Vaccination in Burma 1920-1933 - 1920-1933
Year: 1920
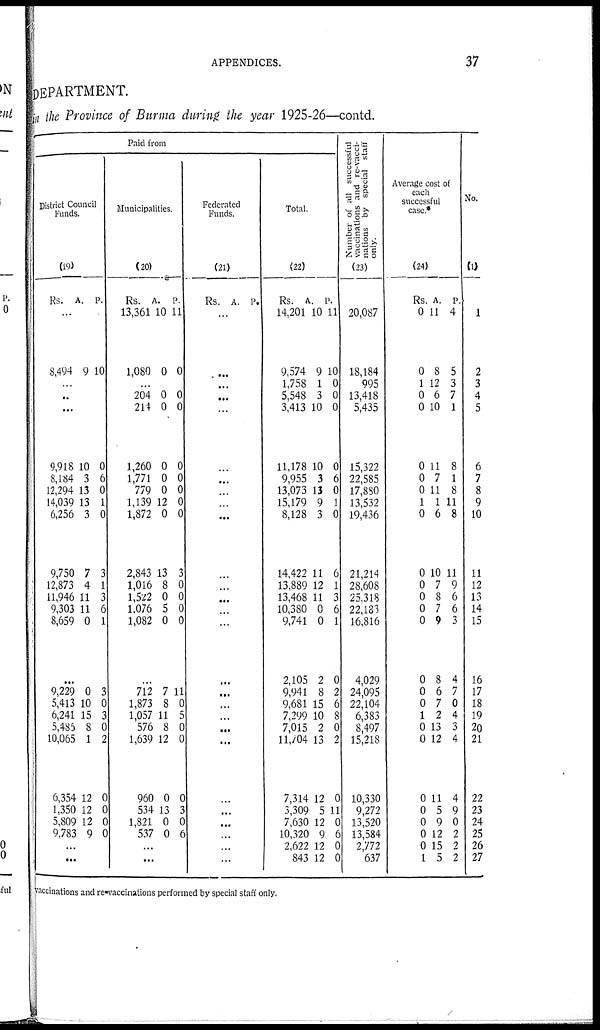
APPENDICES.
37
DEPARTMENT.
in the Province of Burma during the year 1925-26—contd.
Paid from
District Council
Funds.
(19)
Rs. A. P.
...
8,494 9 10
...
...
...
9,918
8,184
12,294
14,039
6,256
9,750
12,873
11,946
9,303
8,659
10
3
13
13
3
7
4
11
11
0
0
6
0
1
0
3
1
3
6
1
...
9,229
5,413
6,241
5,485
10,065
6,354
1,350
5,809
9,783
0
10
15
8
1
12
12
12
9
3
0
3
0
2
0
0
0
0
...
...
Municipalities.
(20)
Rs.
13,361
1,080
A.
10
0
P.
11
0
...
204
214
1,260
1,771
779
1,139
1,872
2,843
1,016
1,522
1,076
1,082
0
0
0
0
0
12
0
13
8
0
5
0
0
0
0
0
0
0
0
3
0
0
0
0
...
712
1,873
1,057
576
1,639
960
534
1,821
537
7
8
11
8
12
0
13
0
0
11
0
5
0
0
0
3
0
6
...
...
Federated
Funds.
(21)
Rs. A. P.
...
...
...
...
...
...
...
...
...
...
...
...
...
...
...
...
...
...
...
...
...
...
...
...
...
...
...
Total.
(22)
Rs.
14,201
9,574
1,758
5,548
3,413
11,178
9,955
13,073
15,179
8,128
14,422
13,889
13,468
10,380
9,741
2,105
9,941
9,681
7,299
7,015
11,704
7,314
3,309
7,630
10,320
2,622
843
A.
10
9
1
3
10
10
3
13
9
3
11
12
11
0
0
2
8
15
10
2
13
12
5
12
9
12
12
P.
11
10
0
0
0
0
6
0
1
0
6
1
3
6
1
0
2
6
8
0
2
0
11
0
6
0
0
Number of all successful
vaccinations and re-vacci-
nations by special staff
only.
(23)
20,087
18,184
995
13,418
5,435
15,322
22,585
17,880
13,532
19,436
21,214
28,608
25,318
22,183
16,816
4,029
24,095
22,104
6,383
8,497
15,218
10,330
9,272
13,520
13,584
2,772
637
Average cost of
each
successful
case.*
(24)
Rs.
0
0
1
0
0
0
0
0
1
0
0
0
0
0
0
0
0
0
1
0
0
0
0
0
0
0
1
A.
11
8
12
6
10
11
7
11
1
6
10
7
8
7
9
8
6
7
2
13
12
11
5
9
12
15
5
P.
4
5
3
7
1
8
1
8
11
8
11
9
6
6
3
4
7
0
4
3
4
4
9
0
2
2
2
No.
(1)
1
2
3
4
5
6
7
8
9
10
11
12
13
14
15
16
17
18
19
20
21
22
23
24
25
26
27
vaccinations and re-vaccinations performed by special staff only.